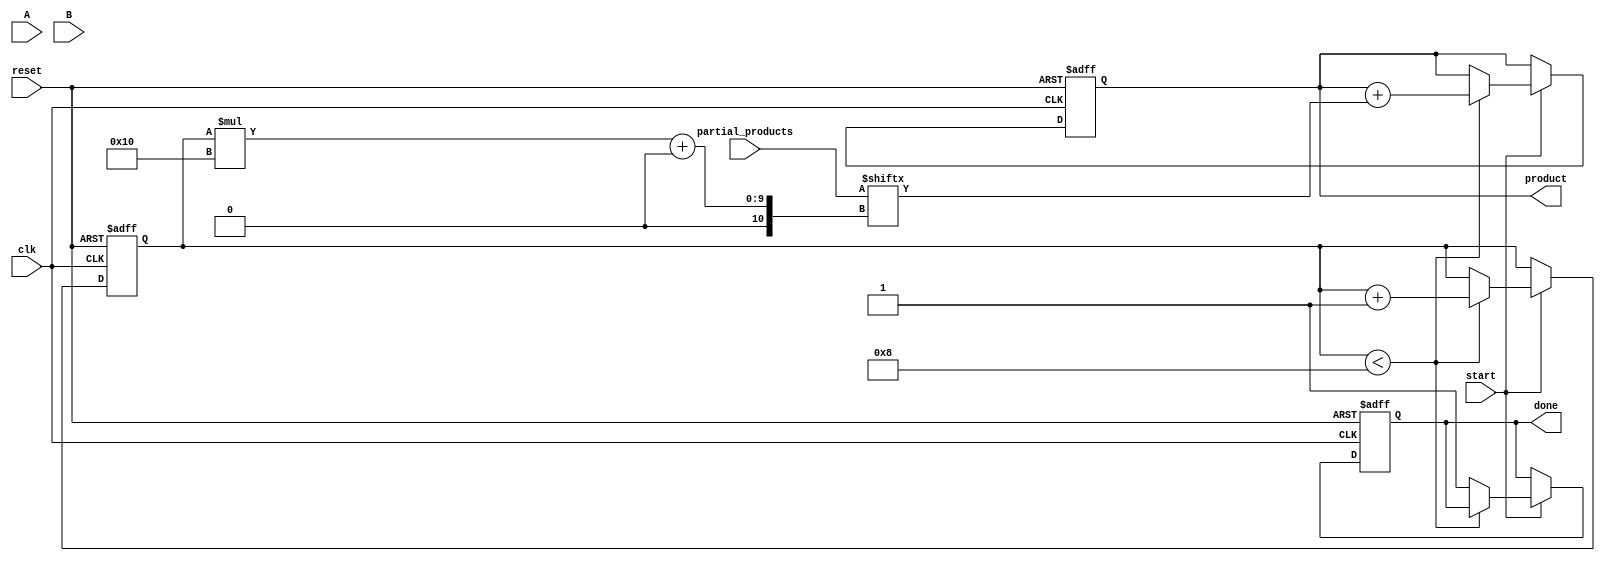
module PartialProductAccumulator #(
    parameter N = 8, // Bit-width of multiplicand A
    parameter M = 8  // Bit-width of multiplier B
)(
    input wire [N-1:0] A,                  // Multiplicand
    input wire [M-1:0] B,                  // Multiplier
    input wire [(N+M)-1:0] partial_products, // Bus for intermediate partial products
    input wire start,                       // Start signal
    input wire reset,                       // Reset signal
    input wire clk,                         // Clock signal
    output reg [(N+M)-1:0] product,        // Final product
    output reg done                         // Done signal
);

    reg [3:0] count; // Counter to track number of partial products considered

    // Control logic
    always @(posedge clk or posedge reset) begin
        if (reset) begin
            product <= 0;
            done <= 0;
            count <= 0;
        end else if (start) begin
            // Accumulate the partial products
            if (count < M) begin
                // Add the next partial product
                product <= product + partial_products[(count * (N+M)) +: (N+M)];
                count <= count + 1;
            end else begin
                done <= 1; // Set done when all partial products are processed
            end
        end
    end

endmodule